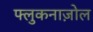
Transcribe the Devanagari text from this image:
फ्लुकनाज़ोल